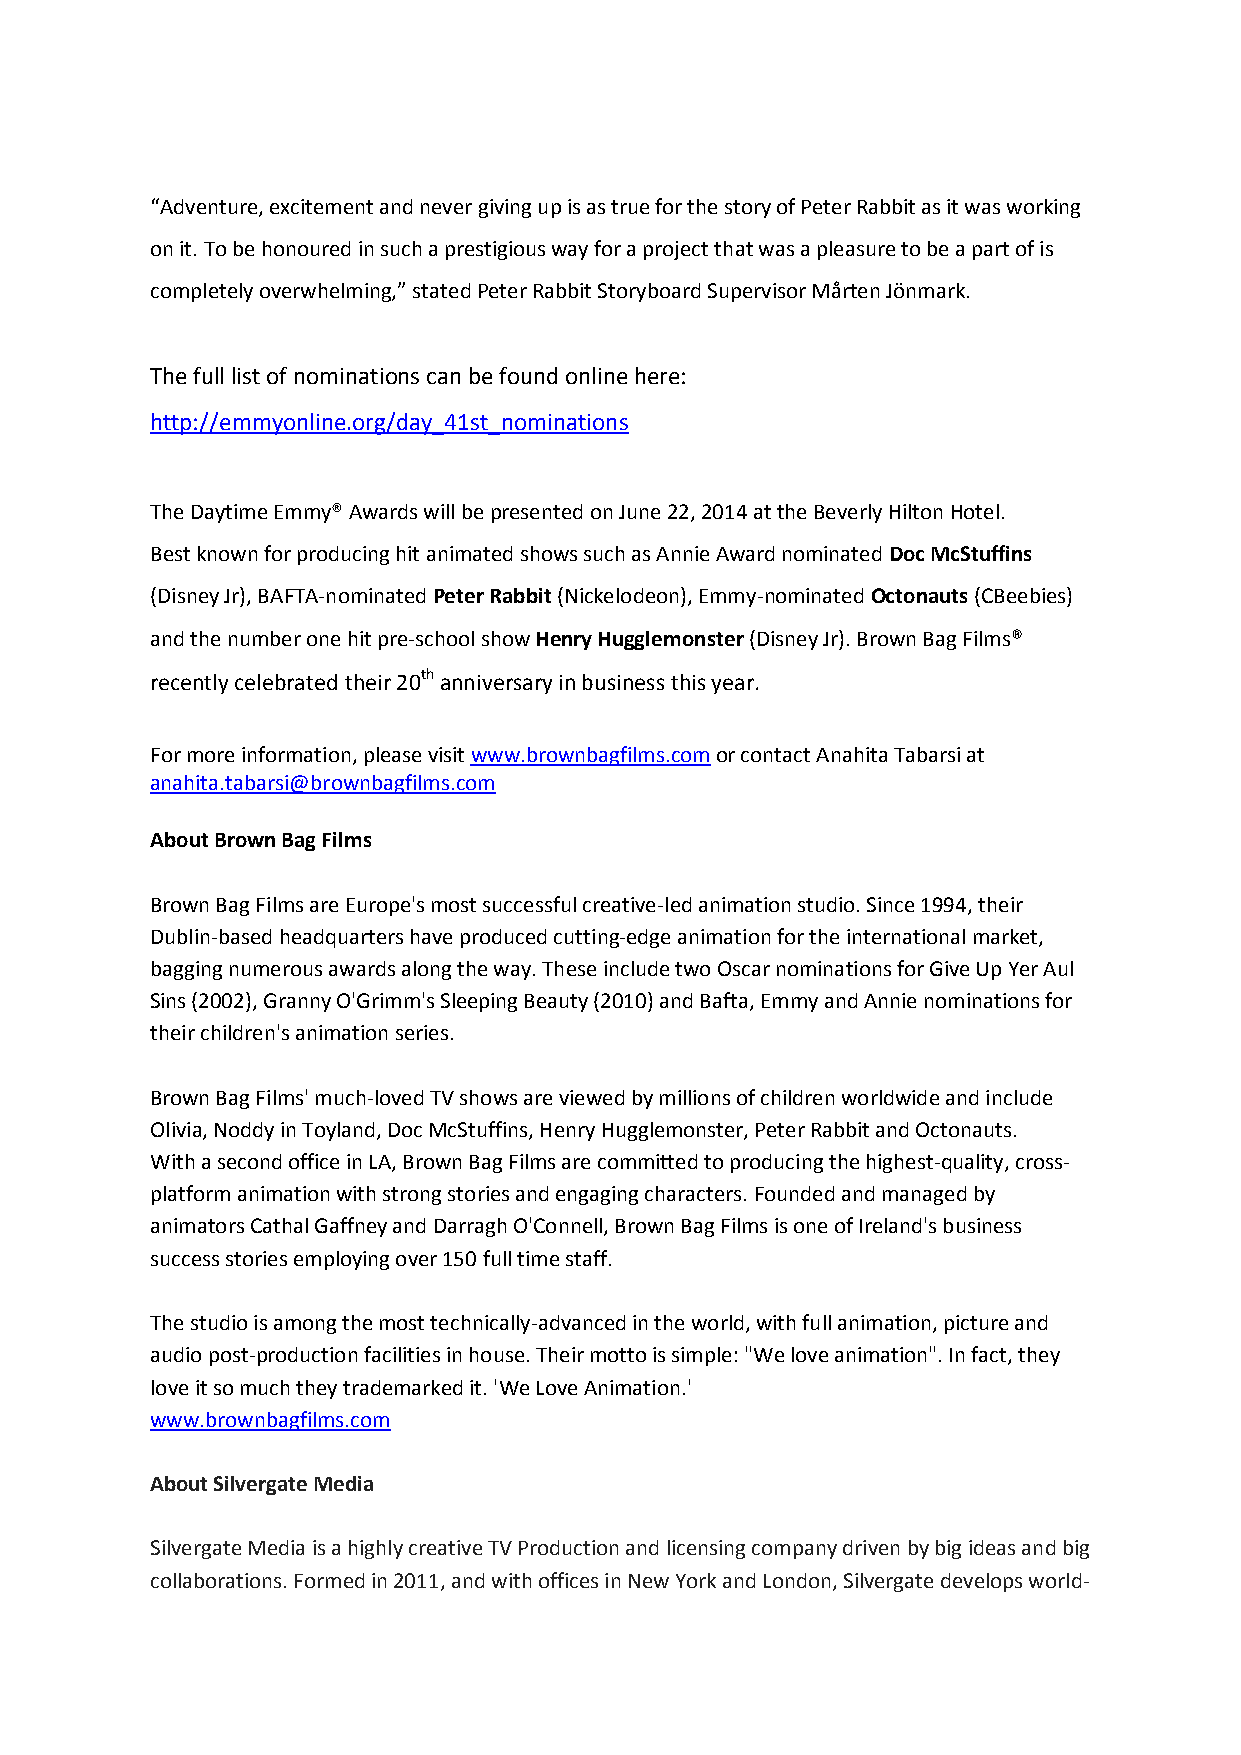
“Adventure, excitement and never giving up is as true for the story of Peter Rabbit as it was working
 on it. To be honoured in such a prestigious way for a project that was a pleasure to be a part of is
 completely overwhelming,” stated Peter Rabbit Storyboard Supervisor Mårten Jönmark.
 The full list of nominations can be found online here:
 http://emmyonline.org/day_41st_nominations
 The Daytime Emmy® Awards will be presented on June 22, 2014 at the Beverly Hilton Hotel.
 Best known for producing hit animated shows such as Annie Award nominated Doc McStuffins
 (Disney Jr), BAFTA-nominated Peter Rabbit (Nickelodeon), Emmy-nominated Octonauts (CBeebies)
 and the number one hit pre-school show Henry Hugglemonster (Disney Jr). Brown Bag Films®
 recently celebrated their 20th anniversary in business this year.
 For more information, please visit www.brownbagfilms.com or contact Anahita Tabarsi at
 anahita.tabarsi@brownbagfilms.com
 About Brown Bag Films
 Brown Bag Films are Europe's most successful creative-led animation studio. Since 1994, their
 Dublin-based headquarters have produced cutting-edge animation for the international market,
 bagging numerous awards along the way. These include two Oscar nominations for Give Up Yer Aul
 Sins (2002), Granny O'Grimm's Sleeping Beauty (2010) and Bafta, Emmy and Annie nominations for
 their children's animation series.
 Brown Bag Films' much-loved TV shows are viewed by millions of children worldwide and include
 Olivia, Noddy in Toyland, Doc McStuffins, Henry Hugglemonster, Peter Rabbit and Octonauts.
 With a second office in LA, Brown Bag Films are committed to producing the highest-quality, cross-
 platform animation with strong stories and engaging characters. Founded and managed by
 animators Cathal Gaffney and Darragh O'Connell, Brown Bag Films is one of Ireland's business
 success stories employing over 150 full time staff.
 The studio is among the most technically-advanced in the world, with full animation, picture and
 audio post-production facilities in house. Their motto is simple: "We love animation". In fact, they
 love it so much they trademarked it. 'We Love Animation.'
 www.brownbagfilms.com
 About Silvergate Media
 Silvergate Media is a highly creative TV Production and licensing company driven by big ideas and big
 collaborations. Formed in 2011, and with offices in New York and London, Silvergate develops world-